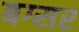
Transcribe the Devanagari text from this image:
बग्सर